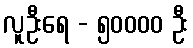
လူဦးရေ - ၅၀၀၀၀ ဦး